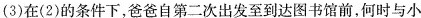
(3)在(2)的条件下，爸爸自第二次出发至到达图书馆前，何时与小